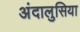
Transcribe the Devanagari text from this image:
अंदालुसिया